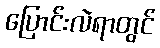
ပြောင်းလဲရာတွင်